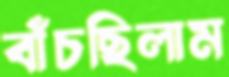
বাঁচছিলাম